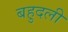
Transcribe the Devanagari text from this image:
बहुदली